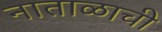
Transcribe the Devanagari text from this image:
नाताळाची